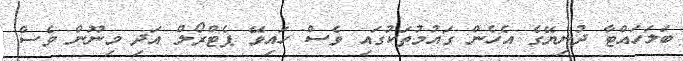
ބަލަހައްޓާ ދުނިޔޭގެ އެހެން ގައުމުތަކުގައި ވެސް ހައިވޭ ޕެޓްރޯލް އަދި މިނޫން ވެސް